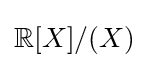
\mathbb {R} [X]/(X)